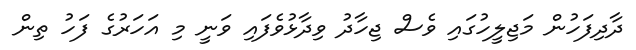
ދާދިފަހުން މަޖިލީހުގައި ވެސް ޖިހާދު ވިދާޅުވެފައި ވަނީ މި އަހަރުގެ ފަހު ތިން